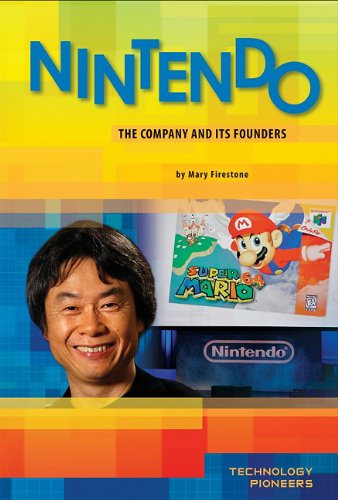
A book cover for Nintendo: The Company and Its Founders (Technology Pioneers); Mary Firestone; Teen & Young Adult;